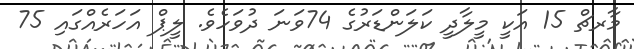
މާރޗް 15 އަކީ މީލާދީ ކަލަންޑަރުގެ 74ވަނަ ދުވަހެވެ. ލީޕް އަހަރެއްގައި 75